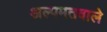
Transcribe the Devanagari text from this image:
अल्पमतवाले